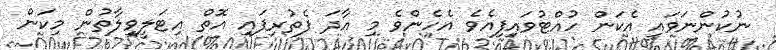
ނުކުންނަވައި އެކަން ހުއްޓުވައިފިއެވެ އެހެންވެ މި އާދަ ފެތުރިފައި އޮތް އިޓަލީވިލާތުން މިކަން